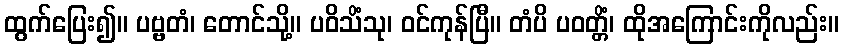
ထွက်ပြေး၍။ ပဗ္ဗတံ၊ တောင်သို့။ ပဝိသိံသု၊ ဝင်ကုန်ပြီ။ တံပိ ပဝတ္တိံ၊ ထိုအကြောင်းကိုလည်း။